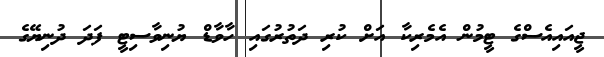
ޖީއައިއެސްގެ ޓީމުން އެމެރިކާ އަށް ކުރި ދަތުރުގައި ހާވާޑް ޔުނިވާސިޓީ ފަދަ ދުނިޔޭގެ